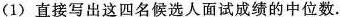
(1)直接写出这四名候选人面试成绩的中位数.